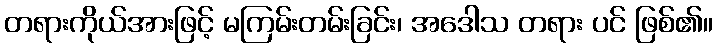
တရားကိုယ်အားဖြင့် မကြမ်းတမ်းခြင်း၊ အဒေါသ တရား ပင် ဖြစ်၏။